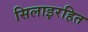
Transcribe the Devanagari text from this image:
सिलाइरहित